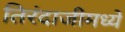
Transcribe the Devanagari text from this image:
तिरंदाजीमध्ये